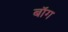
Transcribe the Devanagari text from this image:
बॉग